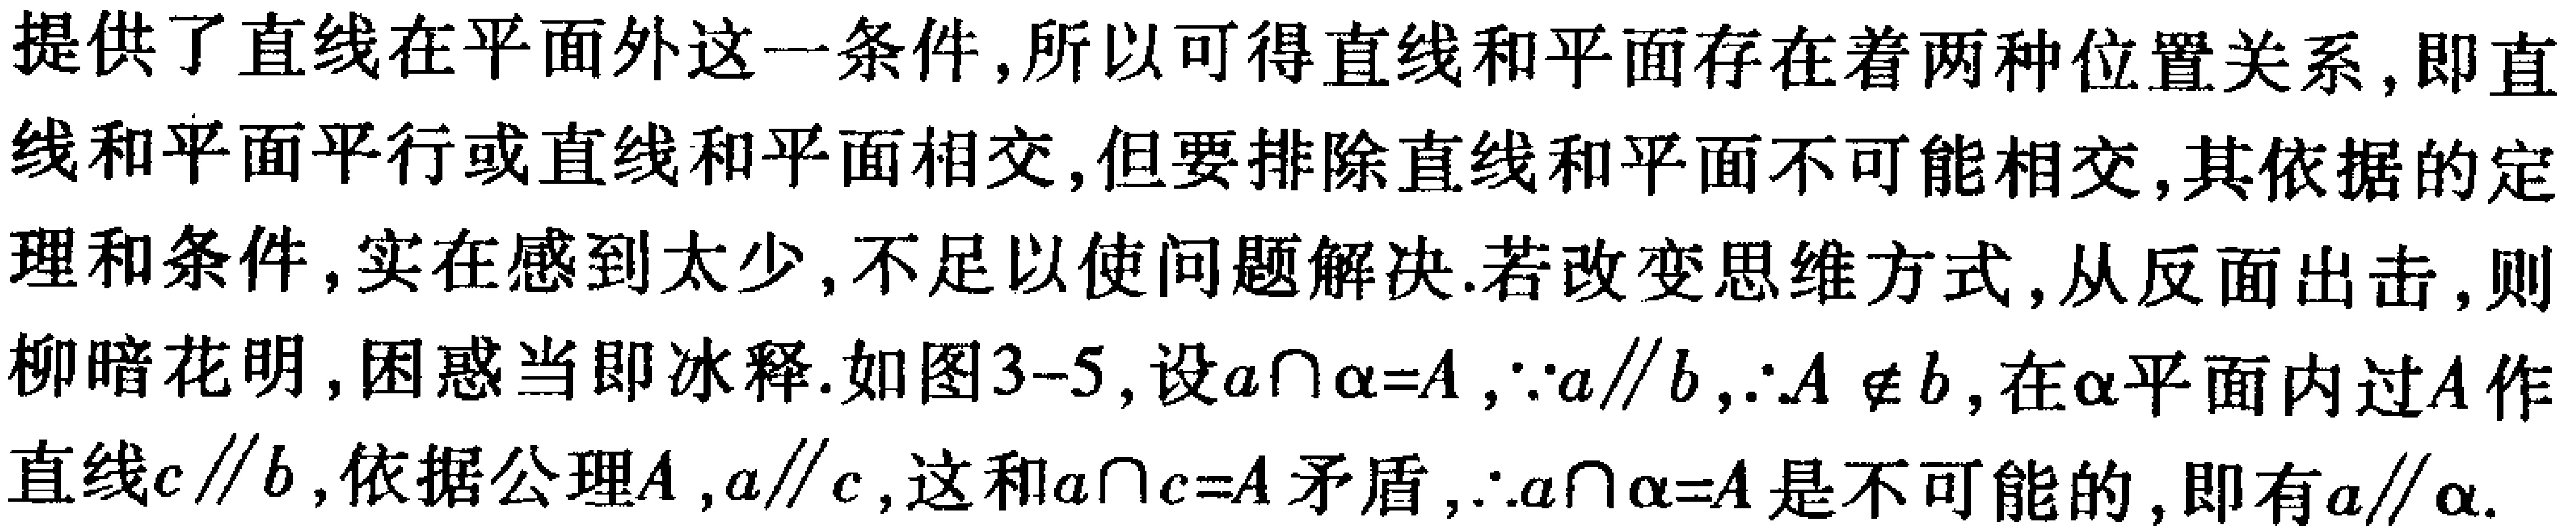
提供了直线在平面外这一条件,所以可得直线和平面存在着两种位置关系,即直线和平面平行或直线和平面相交,但要排除直线和平面不可能相交,其依据的定理和条件,实在感到太少,不足以使问题解决.若改变思维方式,从反面出击,则柳暗花明,困惑当即冰释.如图3-5,设\(a\cap\alpha = A\),\(\because a\parallel b\),\(\therefore A\notin b\),在\(\alpha\)平面内过\(A\)作直线\(c\parallel b\),依据公理\(A\),\(a\parallel c\),这和\(a\cap c = A\)矛盾,\(\therefore a\cap\alpha = A\)是不可能的,即有\(a\parallel\alpha\).